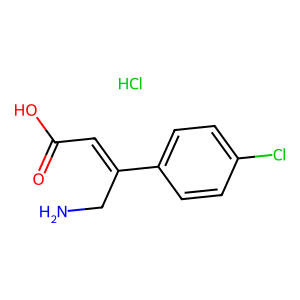
SMILES: Cl.NCC(=CC(=O)O)c1ccc(Cl)cc1
Inhibits HIV replication: No